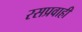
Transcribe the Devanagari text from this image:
रसप्रवाही